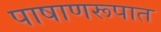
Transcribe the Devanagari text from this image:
पाषाणरूपात